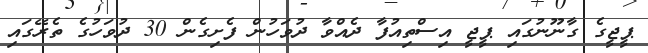
ޕީޖީގެ ގާނޫނުގައި ޕީޖީ އިސްތިއުފާ ދެއްވާ ދުވަހުން ފެށިގެން 30 ދުވަހުގެ ތެރޭގައި